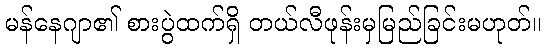
မန်နေဂျာ၏ စားပွဲထက်ရှိ တယ်လီဖုန်းမှမြည်ခြင်းမဟုတ်။